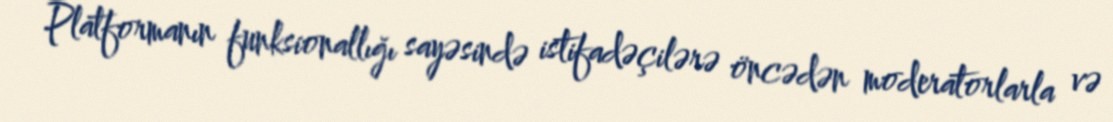
Platformanın funksionallığı sayəsində istifadəçilərə öncədən moderatorlarla və